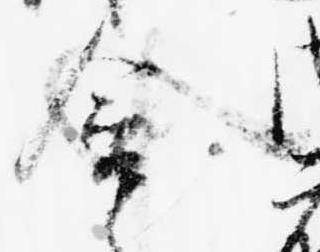
含